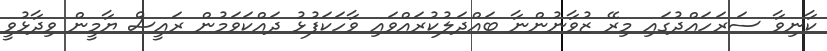
ކާނިވާ ސަރަހައްދުގައި މިރޭ ޒުވާނުންނާ ބައްދަލުކުރައްވައި ވާހަކަފުޅު ދައްކަވަމުން ރައީސް ޔާމީން ވިދާޅުވީ